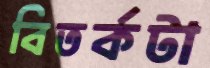
বিতর্কটা